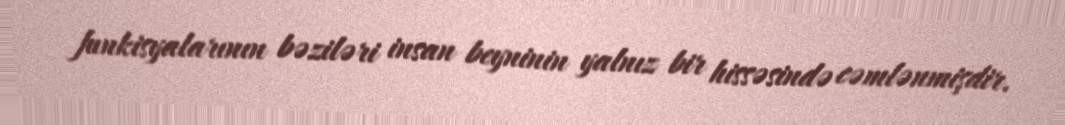
funkisyalarının bəziləri insan beyninin yalnız bir hissəsində cəmlənmişdir.